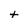
Character: t